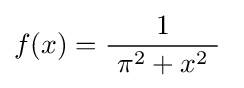
f(x)={\frac {1}{\ \pi ^{2}+x^{2}\ }}\